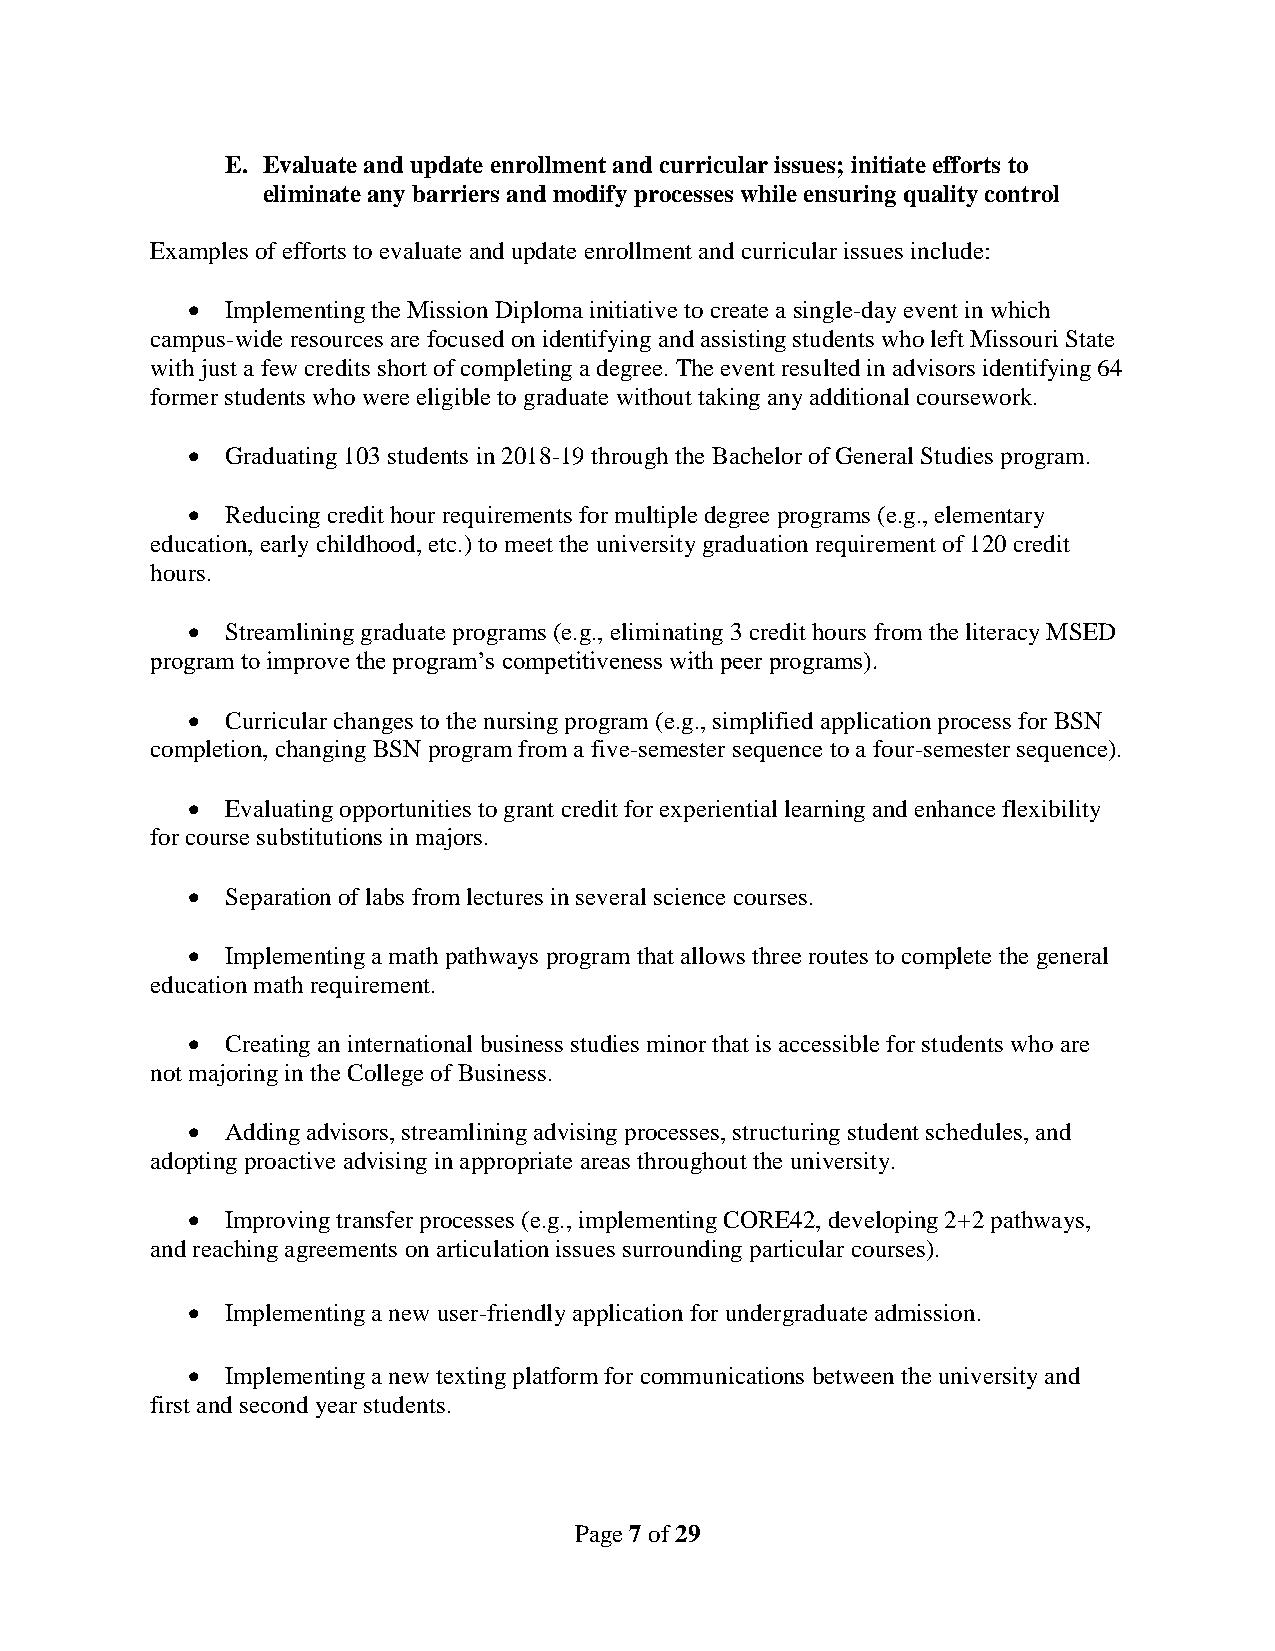
E. Evaluate and update enrollment and curricular issues; initiate efforts to
 eliminate any barriers and modify processes while ensuring quality control
 Examples of efforts to evaluate and update enrollment and curricular issues include:
   Implementing the Mission Diploma initiative to create a single-day event in which
 campus-wide resources are focused on identifying and assisting students who left Missouri State
 with just a few credits short of completing a degree. The event resulted in advisors identifying 64
 former students who were eligible to graduate without taking any additional coursework.
   Graduating 103 students in 2018-19 through the Bachelor of General Studies program.
   Reducing credit hour requirements for multiple degree programs (e.g., elementary
 education, early childhood, etc.) to meet the university graduation requirement of 120 credit
 hours.
   Streamlining graduate programs (e.g., eliminating 3 credit hours from the literacy MSED
 program to improve the program’s competitiveness with peer programs).
   Curricular changes to the nursing program (e.g., simplified application process for BSN
 completion, changing BSN program from a five-semester sequence to a four-semester sequence).
   Evaluating opportunities to grant credit for experiential learning and enhance flexibility
 for course substitutions in majors.
   Separation of labs from lectures in several science courses.
   Implementing a math pathways program that allows three routes to complete the general
 education math requirement.
   Creating an international business studies minor that is accessible for students who are
 not majoring in the College of Business.
   Adding advisors, streamlining advising processes, structuring student schedules, and
 adopting proactive advising in appropriate areas throughout the university.
   Improving transfer processes (e.g., implementing CORE42, developing 2+2 pathways,
 and reaching agreements on articulation issues surrounding particular courses).
   Implementing a new user-friendly application for undergraduate admission.
   Implementing a new texting platform for communications between the university and
 first and second year students.
 Page 7 of 29